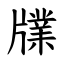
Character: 㸣